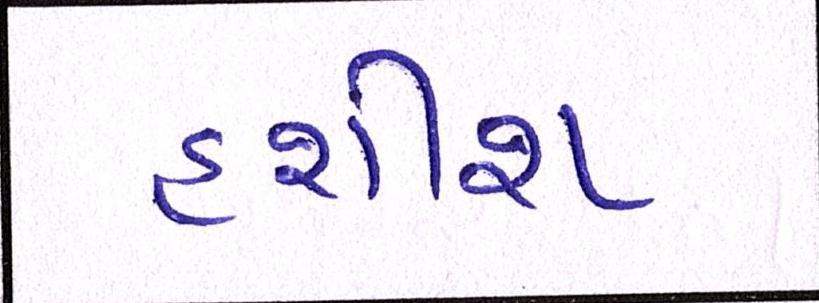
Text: હશીશ